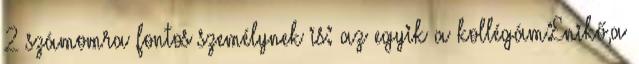
2 számomra fontos személynek is: az egyik a kollégám:Enikő,a